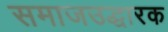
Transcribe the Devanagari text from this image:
समाजउद्धारक